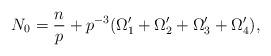
LaTeX: \begin{align*}N_{0} = \dfrac{n}{p}+p^{-3}(\Omega_1'+\Omega_2'+\Omega_3'+\Omega_4'),\end{align*}